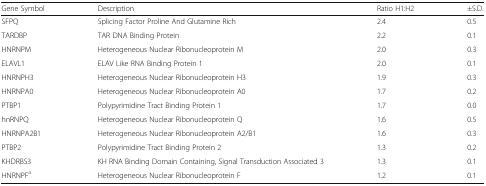
<table><thead><tr><td><b>Gene Symbol</b></td><td><b>Description</b></td><td><b>Ratio H1:H2</b></td><td><b>±S.D.</b></td></tr></thead><tbody><tr><td>SFPQ</td><td>Splicing Factor Proline And Glutamine Rich</td><td>2.4</td><td>0.5</td></tr><tr><td>TARDBP</td><td>TAR DNA Binding Protein</td><td>2.2</td><td>0.1</td></tr><tr><td>HNRNPM</td><td>Heterogeneous Nuclear Ribonucleoprotein M</td><td>2.0</td><td>0.3</td></tr><tr><td>ELAVL1</td><td>ELAV Like RNA Binding Protein 1</td><td>2.0</td><td>0.1</td></tr><tr><td>HNRNPH3</td><td>Heterogeneous Nuclear Ribonucleoprotein H3</td><td>1.9</td><td>0.3</td></tr><tr><td>HNRNPA0</td><td>Heterogeneous Nuclear Ribonucleoprotein A0</td><td>1.7</td><td>0.2</td></tr><tr><td>PTBP1</td><td>Polypyrimidine Tract Binding Protein 1</td><td>1.7</td><td>0.0</td></tr><tr><td>hnRNPQ</td><td>Heterogeneous Nuclear Ribonucleoprotein Q</td><td>1.6</td><td>0.5</td></tr><tr><td>HNRNPA2B1</td><td>Heterogeneous Nuclear Ribonucleoprotein A2/B1</td><td>1.6</td><td>0.3</td></tr><tr><td>PTBP2</td><td>Polypyrimidine Tract Binding Protein 2</td><td>1.3</td><td>0.2</td></tr><tr><td>KHDRBS3</td><td>KH RNA Binding Domain Containing, Signal Transduction Associated 3</td><td>1.3</td><td>0.1</td></tr><tr><td>HNRNPF<sup>a</sup></td><td>Heterogeneous Nuclear Ribonucleoprotein F</td><td>1.2</td><td>0.1</td></tr></tbody></table>